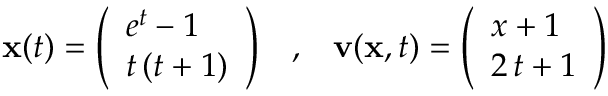
{ \mathbf x } ( t ) = \left( \begin{array} { l } { e ^ { t } - 1 } \\ { t \, ( t + 1 ) } \end{array} \right) \; \; \; , \; \; \; { \mathbf v } ( { \mathbf x } , t ) = \left( \begin{array} { l } { x + 1 } \\ { 2 \, t + 1 } \end{array} \right)